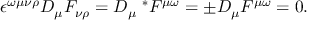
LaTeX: \epsilon ^ { \omega \mu \nu \rho } D _ { \mu } F _ { \nu \rho } = D _ { \mu } \; ^ { * } F ^ { \mu \omega } = \pm D _ { \mu } F ^ { \mu \omega } = 0 .